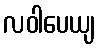
လဝါပေယျ